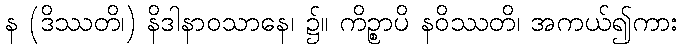
န (ဒိဿတိ၊) နိဒါနာဝသာနေ၊ ၌။ ကိဉ္စာပိ နဝိဿတိ၊ အကယ်၍ကား